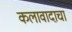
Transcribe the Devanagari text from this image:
कलावादाचा